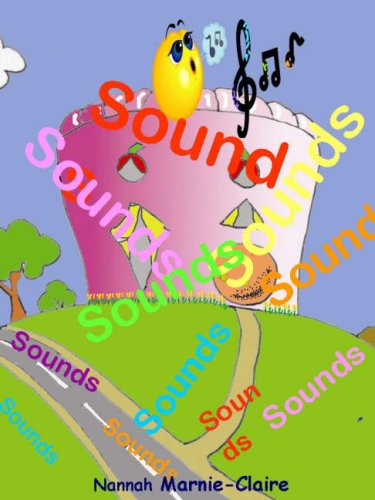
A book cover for Sounds; Nannah Marnie-Claire; Children's Books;